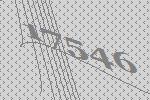
17546